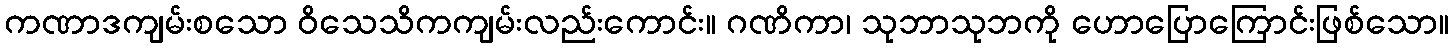
ကဏာဒကျမ်းစသော ဝိသေသိကကျမ်းလည်းကောင်း။ ဂဏိကာ၊ သုဘာသုဘကို ဟောပြောကြောင်းဖြစ်သော။